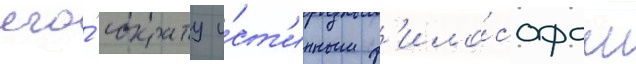
его́ сократу и́ст'инным ф'ило́софом